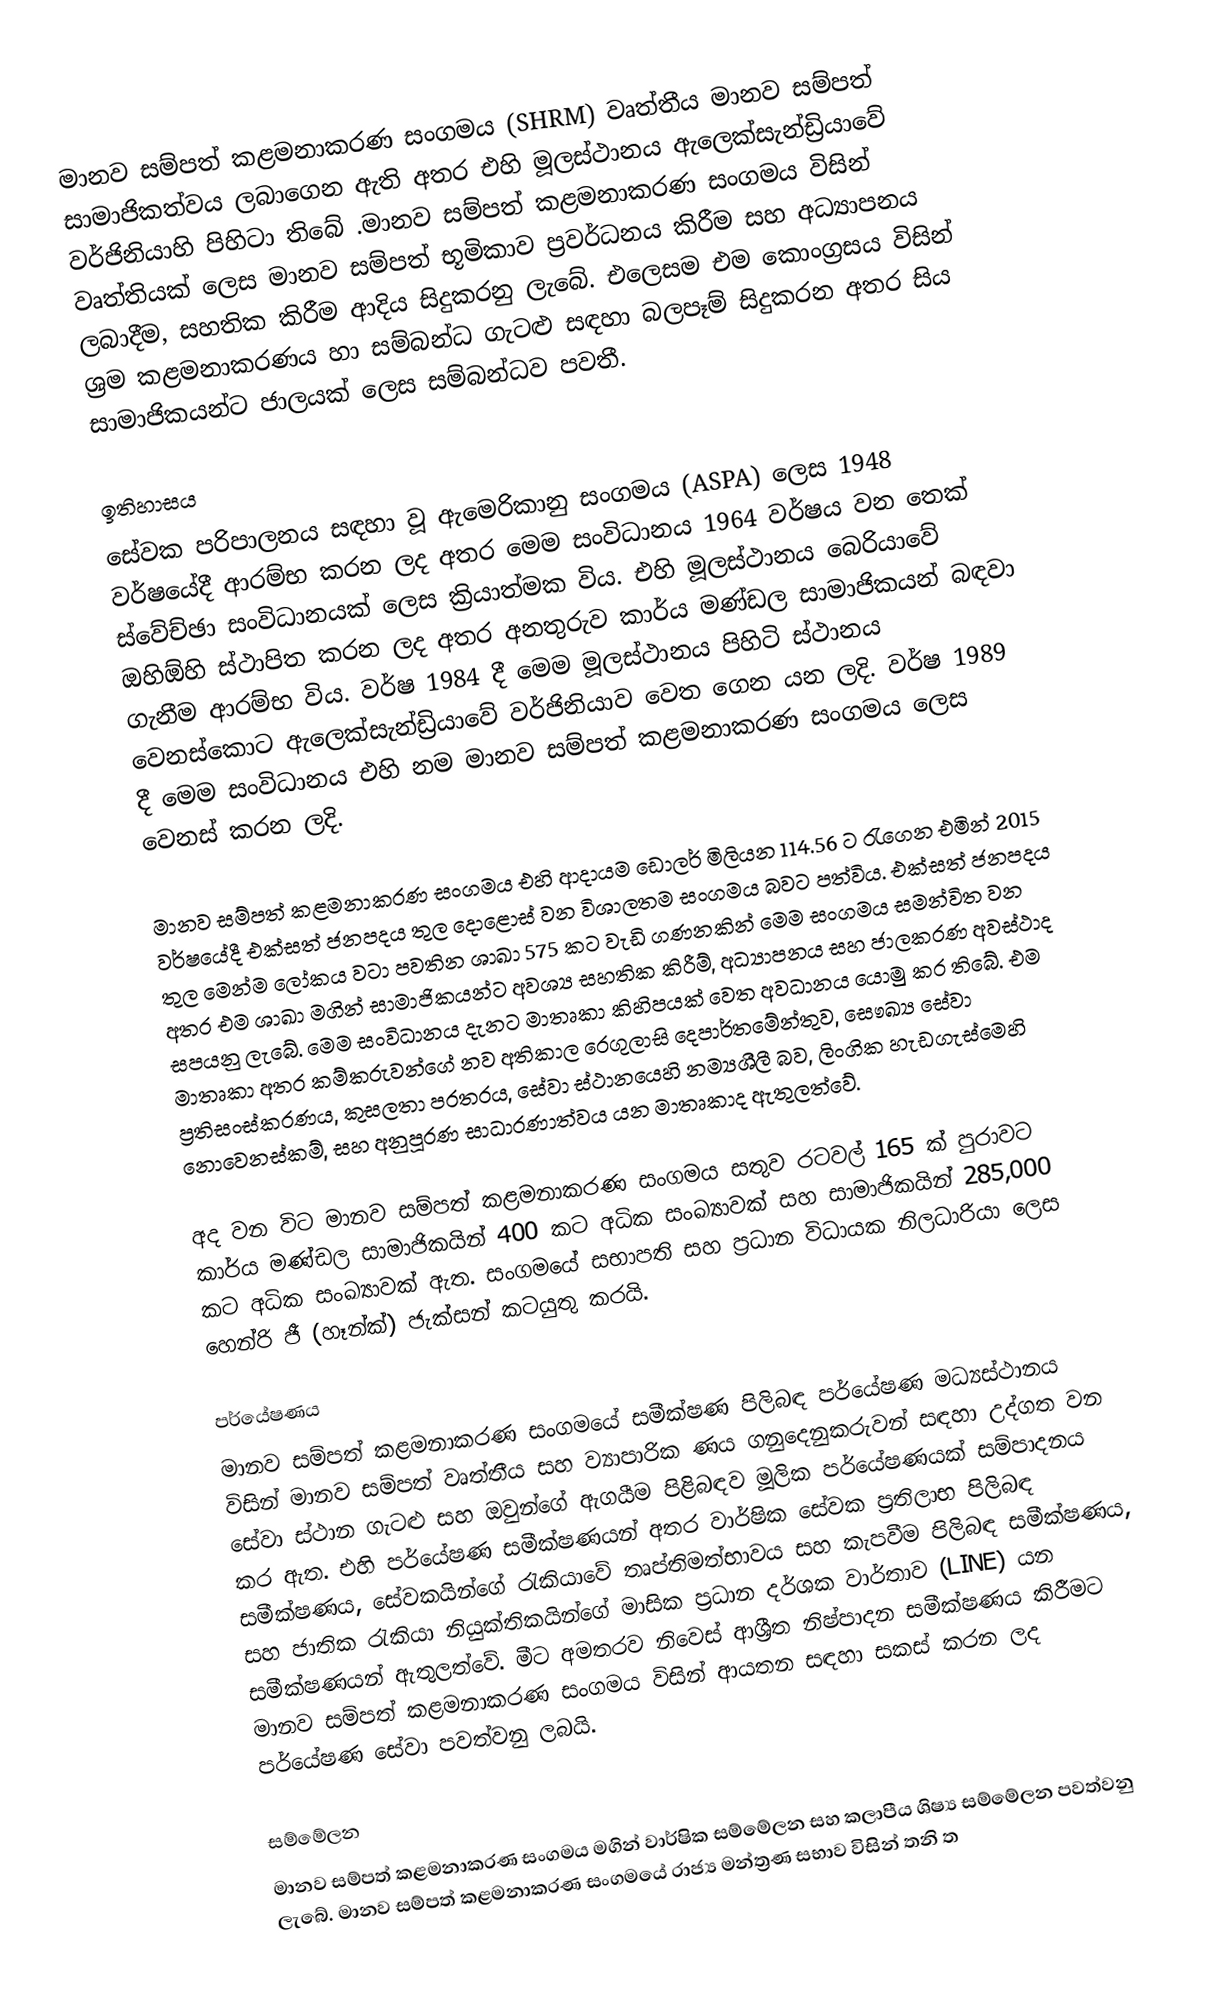
මානව සම්පත් කළමනාකරණ සංගමය (SHRM) වෘත්තීය මානව සම්පත් සාමාජිකත්වය ලබාගෙන ඇති අතර එහි මූලස්ථානය ඇලෙක්සැන්ඩ්‍රියාවේ වර්ජිනියාහි පිහිටා තිබේ .මානව සම්පත් කළමනාකරණ සංගමය විසින් වෘත්තියක් ලෙස මානව සම්පත් භූමිකාව ප්‍රවර්ධනය කිරීම සහ අධ්‍යාපනය ලබාදීම, සහතික කිරීම ආදිය සිදුකරනු ලැබේ. එලෙසම එම කොංග්‍රසය විසින් ශ්‍රම කළමනාකරණය හා සම්බන්ධ ගැටළු සඳහා බලපෑම් සිදුකරන අතර සිය සාමාජිකයන්ට ජාලයක් ලෙස සම්බන්ධව පවතී.

ඉතිහාසය
සේවක පරිපාලනය සඳහා වූ ඇමෙරිකානු සංගමය (ASPA) ලෙස 1948 වර්ෂයේදී ආරම්භ කරන ලද අතර මෙම සංවිධානය 1964 වර්ෂය වන තෙක් ස්වේච්ඡා  සංවිධානයක් ලෙස ක්‍රියාත්මක විය. එහි මූලස්ථානය බෙරියාවේ ඔහිඕහි ස්ථාපිත කරන ලද අතර අනතුරුව කාර්ය මණ්ඩල සාමාජිකයන් බඳවා ගැනීම ආරම්භ විය. වර්ෂ 1984 දී මෙම මූලස්ථානය පිහිටි ස්ථානය වෙනස්කොට ඇලෙක්සැන්ඩ්‍රියාවේ වර්ජිනියාව වෙත ගෙන යන ලදි. වර්ෂ 1989 දී මෙම සංවිධානය එහි නම මානව සම්පත් කළමනාකරණ සංගමය ලෙස වෙනස් කරන ලදි.

මානව සම්පත් කළමනාකරණ සංගමය එහි ආදායම ඩොලර් මිලියන 114.56 ට රැගෙන එමින් 2015 වර්ෂයේදී එක්සත් ජනපදය තුල දොළොස් වන විශාලතම සංගමය බවට පත්විය. එක්සත් ජනපදය තුල මෙන්ම ලෝකය වටා පවතින ශාඛා 575 කට වැඩි ගණනකින් මෙම සංගමය සමන්විත වන අතර එම ශාඛා මගින් සාමාජිකයන්ට අවශ්‍ය සහතික කිරීම්, අධ්‍යාපනය සහ ජාලකරණ අවස්ථාද සපයනු ලැබේ. මෙම සංවිධානය දැනට මාතෘකා කිහිපයක් වෙත අවධානය යොමු කර තිබේ. එම මාතෘකා අතර කම්කරුවන්ගේ නව අතිකාල රෙගුලාසි දෙපාර්තමේන්තුව, සෞඛ්‍ය සේවා ප්‍රතිසංස්කරණය, කුසලතා පරතරය, සේවා ස්ථානයෙහි නම්‍යශීලී බව, ලිංගික හැඩගැස්මෙහි නොවෙනස්කම්, සහ අනුපූරණ සාධාරණාත්වය යන මාතෘකාද ඇතුලත්වේ.  

අද වන විට මානව සම්පත් කළමනාකරණ සංගමය සතුව රටවල් 165 ක් පුරාවට කාර්ය මණ්ඩල සාමාජිකයින් 400 කට අධික සංඛ්‍යාවක් සහ සාමාජිකයින් 285,000 කට අධික සංඛ්‍යාවක් ඇත. සංගමයේ සභාපති සහ ප්‍රධාන විධායක නිලධාරියා ලෙස හෙන්රි ජී (හෑන්ක්) ජැක්සන් කටයුතු කරයි.

පර්යේෂණය
මානව සම්පත් කළමනාකරණ සංගමයේ සමීක්ෂණ පිලිබඳ පර්යේෂණ මධ්‍යස්ථානය විසින් මානව සම්පත් වෘත්තීය සහ ව්‍යාපාරික ණය ගනුදෙනුකරුවන්  සඳහා උද්ගත වන සේවා ස්ථාන ගැටළු සහ ඔවුන්ගේ ඇගයීම පිළිබඳව මූලික පර්යේෂණයක් සම්පාදනය කර ඇත. එහි පර්යේෂණ සමීක්ෂණයන් අතර වාර්ෂික සේවක ප්‍රතිලාභ පිලිබඳ සමීක්ෂණය, සේවකයින්ගේ රැකියාවේ තෘප්තිමත්භාවය සහ කැපවීම පිලිබඳ සමීක්ෂණය, සහ ජාතික රැකියා නියුක්තිකයින්ගේ මාසික ප්‍රධාන දර්ශක වාර්තාව (LINE) යන සමීක්ෂණයන් ඇතුලත්වේ. මීට අමතරව නිවෙස් ආශ්‍රීත නිෂ්පාදන සමීක්ෂණය කිරීමට මානව සම්පත් කළමනාකරණ සංගමය විසින් ආයතන සඳහා සකස් කරන ලද පර්යේෂණ සේවා පවත්වනු ලබයි.

සම්මේලන
මානව සම්පත් කළමනාකරණ සංගමය මගින් වාර්ෂික සම්මේලන සහ කලාපීය ශිෂ්‍ය සම්මේලන පවත්වනු ලැබේ. මානව සම්පත් කළමනාකරණ සංගමයේ රාජ්‍ය මන්ත්‍රණ සභාව විසින් තනි ත